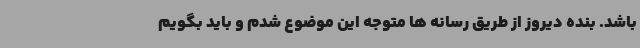
باشد. بنده دیروز از طریق رسانه ها متوجه این موضوع شدم و باید بگویم